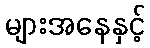
များအနေနှင့်